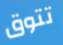
تتوق